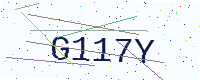
Text: G117Y